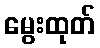
မွေးထုတ်